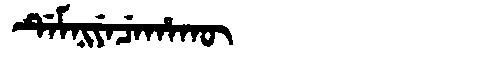
Manchu: ᡩᡝᠮᠨᡳᠶᡝᠴᡝᡥᠠᡴᡡ
Romanization: DEMNIYECEHAKŪ